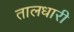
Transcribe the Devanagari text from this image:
तालधारी